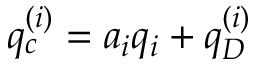
q _ { c } ^ { ( i ) } = a _ { i } q _ { i } + q _ { D } ^ { ( i ) }